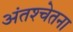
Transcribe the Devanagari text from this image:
अंतश्‍चेतना